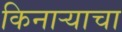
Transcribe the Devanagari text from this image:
किनार्‍याचा